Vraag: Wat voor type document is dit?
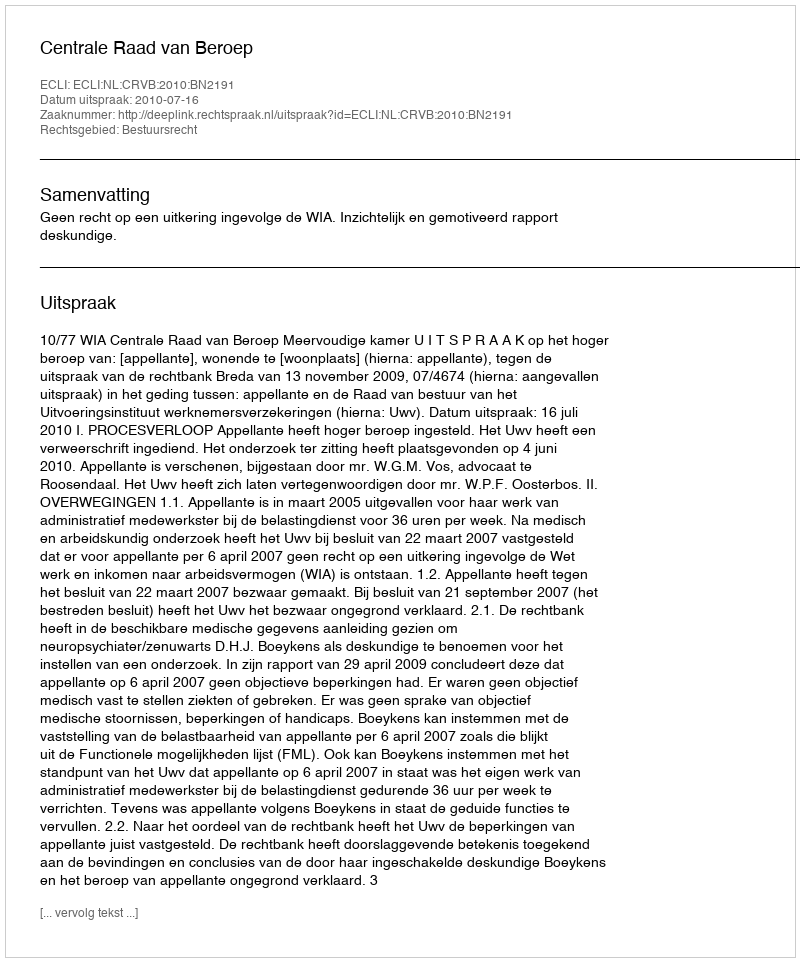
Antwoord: Uitspraak